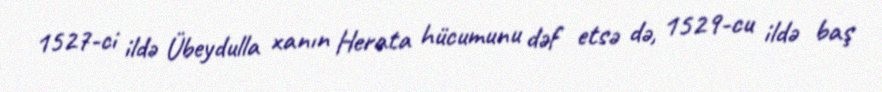
1527-ci ildə Übeydulla xanın Herata hücumunu dəf etsə də, 1529-cu ildə baş